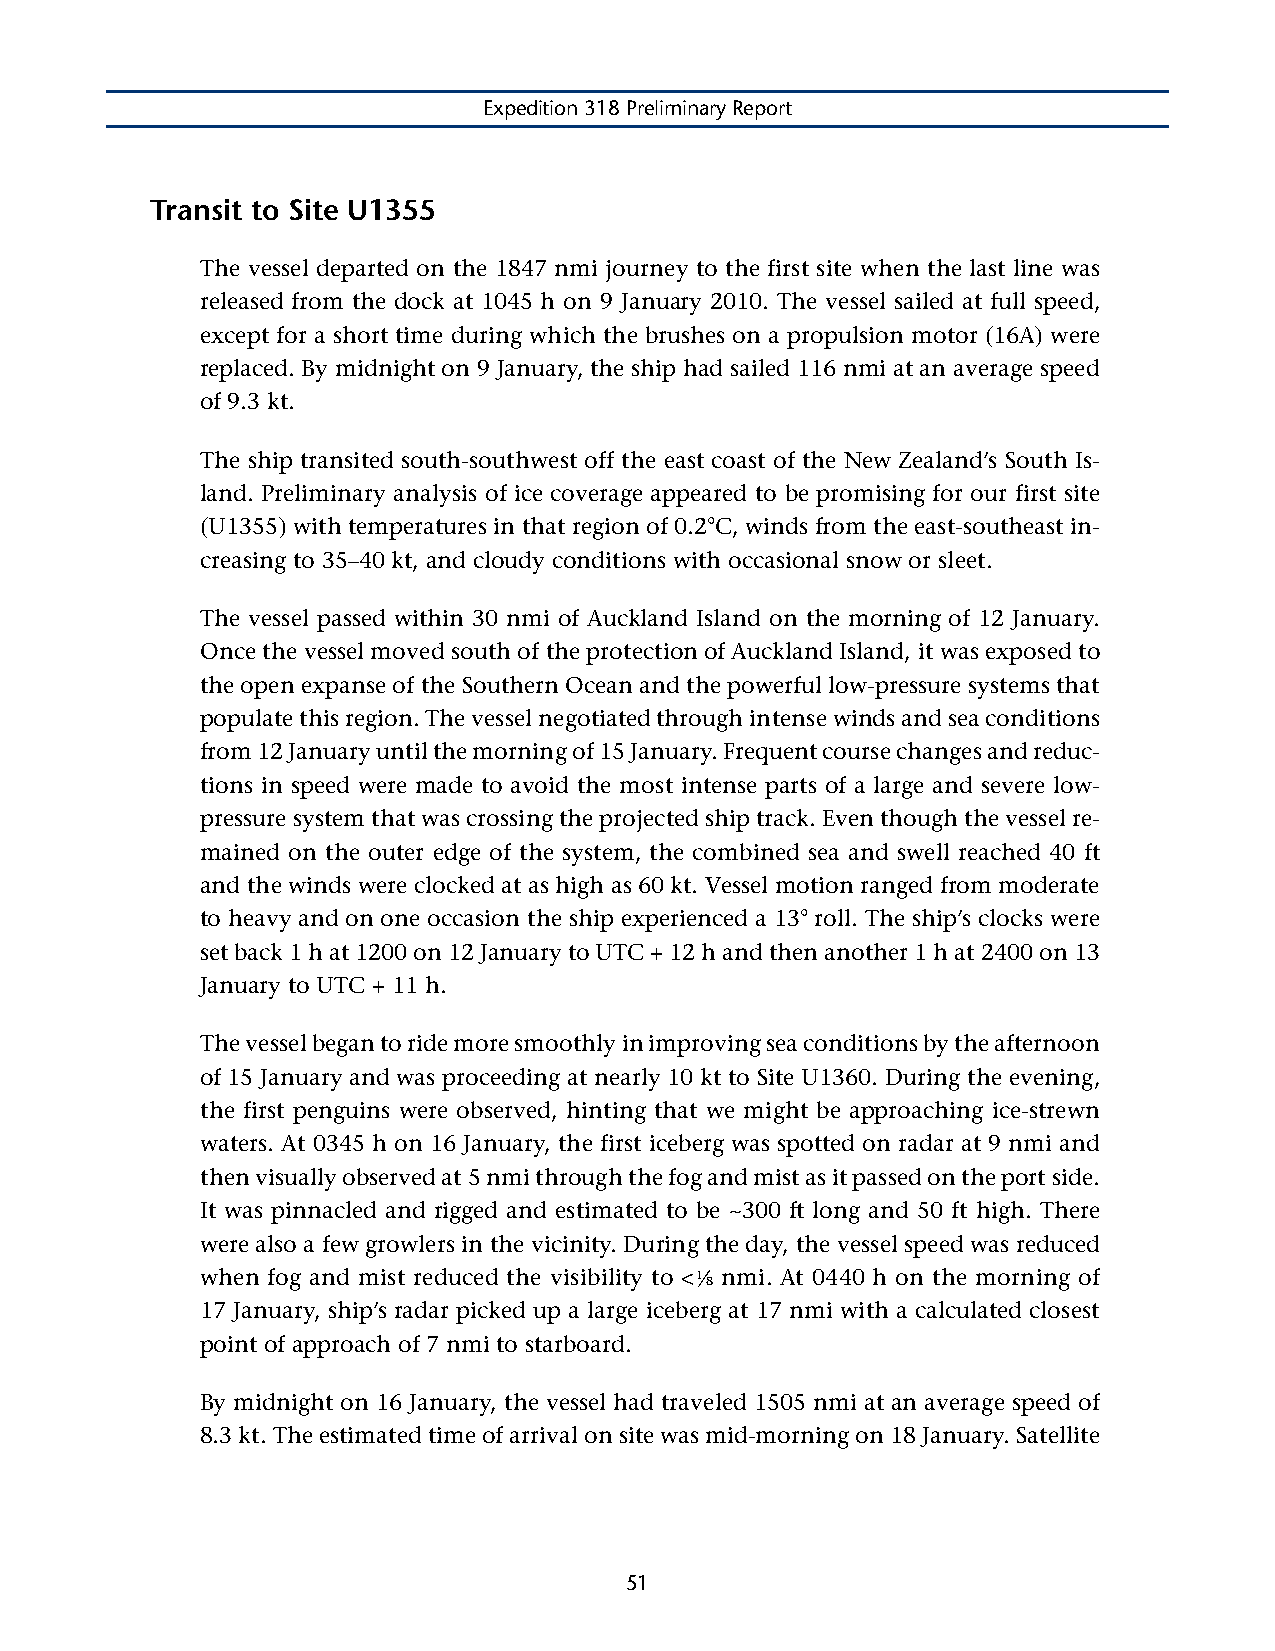
Expedition 318 Preliminary Report
 Transit to Site U1355
 The vessel departed on the 1847 nmi journey to the first site when the last line was
 released from the dock at 1045 h on 9 January 2010. The vessel sailed at full speed,
 except for a short time during which the brushes on a propulsion motor (16A) were
 replaced. By midnight on 9 January, the ship had sailed 116 nmi at an average speed
 of 9.3 kt.
 The ship transited south-southwest off the east coast of the New Zealand’s South Is-
 land. Preliminary analysis of ice coverage appeared to be promising for our first site
 (U1355) with temperatures in that region of 0.2°C, winds from the east-southeast in-
 creasing to 35–40 kt, and cloudy conditions with occasional snow or sleet.
 The vessel passed within 30 nmi of Auckland Island on the morning of 12 January.
 Once the vessel moved south of the protection of Auckland Island, it was exposed to
 the open expanse of the Southern Ocean and the powerful low-pressure systems that
 populate this region. The vessel negotiated through intense winds and sea conditions
 from 12 January until the morning of 15 January. Frequent course changes and reduc-
 tions in speed were made to avoid the most intense parts of a large and severe low-
 pressure system that was crossing the projected ship track. Even though the vessel re-
 mained on the outer edge of the system, the combined sea and swell reached 40 ft
 and the winds were clocked at as high as 60 kt. Vessel motion ranged from moderate
 to heavy and on one occasion the ship experienced a 13° roll. The ship’s clocks were
 set back 1 h at 1200 on 12 January to UTC + 12 h and then another 1 h at 2400 on 13
 January to UTC + 11 h.
 The vessel began to ride more smoothly in improving sea conditions by the afternoon
 of 15 January and was proceeding at nearly 10 kt to Site U1360. During the evening,
 the first penguins were observed, hinting that we might be approaching ice-strewn
 waters. At 0345 h on 16 January, the first iceberg was spotted on radar at 9 nmi and
 then visually observed at 5 nmi through the fog and mist as it passed on the port side.
 It was pinnacled and rigged and estimated to be ~300 ft long and 50 ft high. There
 were also a few growlers in the vicinity. During the day, the vessel speed was reduced
 when fog and mist reduced the visibility to <1⁄
 8
 nmi. At 0440 h on the morning of
 17 January, ship’s radar picked up a large iceberg at 17 nmi with a calculated closest
 point of approach of 7 nmi to starboard.
 By midnight on 16 January, the vessel had traveled 1505 nmi at an average speed of
 8.3 kt. The estimated time of arrival on site was mid-morning on 18 January. Satellite
 51